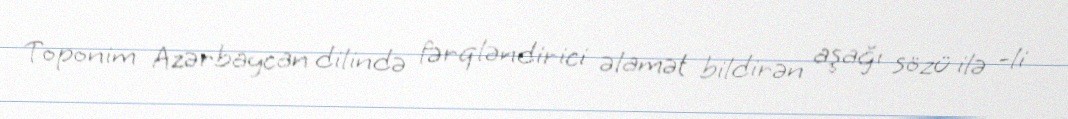
Toponim Azərbaycan dilində fərqləndirici əlamət bildirən aşağı sözü ilə -li